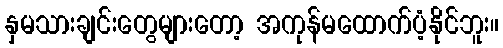
နှမသားချင်းတွေများတော့ အကုန်မထောက်ပံ့နိုင်ဘူး။